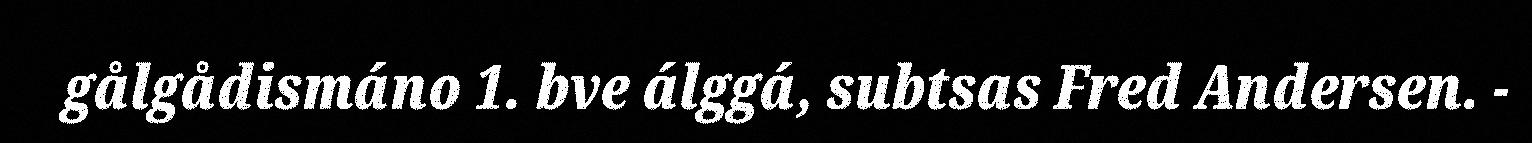
gålgådismáno 1. bve álggá, subtsas Fred Andersen. -